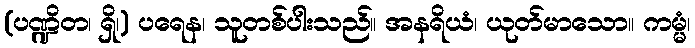
(ပဏ္ဍိတ၊ ရှိ၊) ပရေန၊ သူတစ်ပါးသည်။ အနရိယံ၊ ယုတ်မာသော။ ကမ္မံ၊